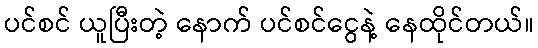
ပင်စင် ယူပြီးတဲ့ နောက် ပင်စင်ငွေနဲ့ နေထိုင်တယ်။